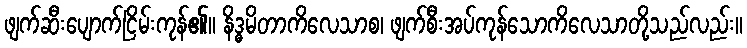
ဖျက်ဆီးပျောက်ငြိမ်းကုန်၏။ နိဒ္ဓမိတာကိလေသာစ၊ ဖျက်စီးအပ်ကုန်သောကိလေသာတို့သည်လည်း။